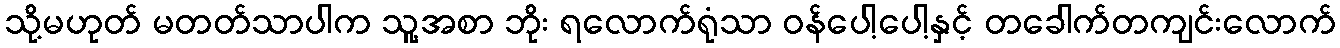
သို့မဟုတ် မတတ်သာပါက သူ့အစာ ဘိုး ရလောက်ရုံသာ ဝန်ပေါ့ပေါ့နှင့် တခေါက်တကျင်းလောက်